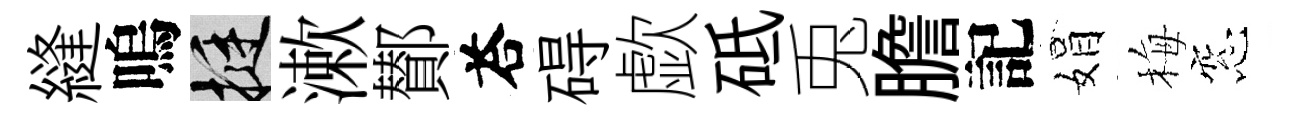
縫嗚挺漱鄼荅碍歔砥兎膽記娟梅窓